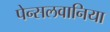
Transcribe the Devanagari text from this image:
पेन्सलवानिया